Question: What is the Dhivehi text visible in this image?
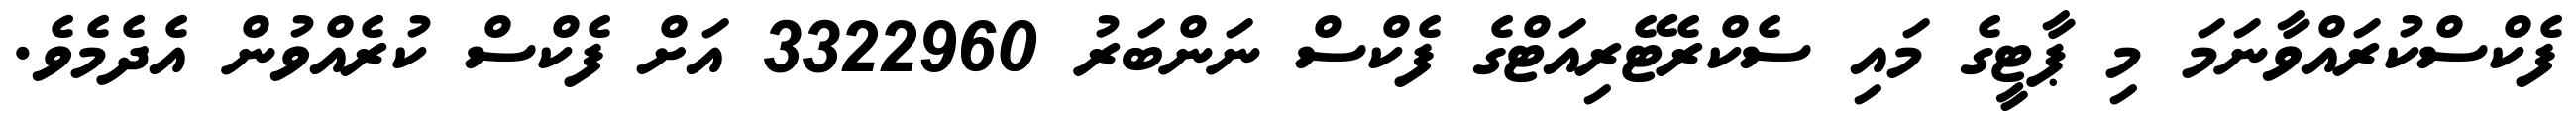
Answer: ފެކްސްކުރައްވާނަމަ މި ޕާޓީގެ މައި ސެކްރެޓޭރިއަޓްގެ ފެކްސް ނަންބަރު 3322960 އަށް ފެކްސް ކުރެއްވުން އެދެމެވެ.